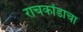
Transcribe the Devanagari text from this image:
राचकोंडाचा